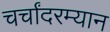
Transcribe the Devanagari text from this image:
चर्चांदरम्यान